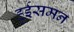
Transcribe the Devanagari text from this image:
हुईसमन